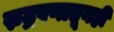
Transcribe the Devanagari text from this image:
रुद्रपणातूनही